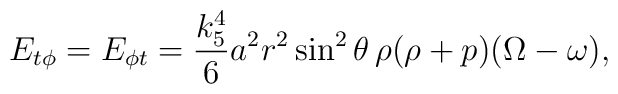
E_{t\phi} = E_{\phi t} = \frac{k_5^4}6 a^2 r^2 \sin^2\theta \,\rho (\rho + p) (\Omega - \omega),